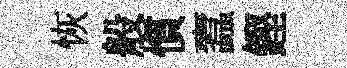
恢般慣蠧鏗